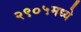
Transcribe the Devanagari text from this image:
२९०५मध्ये